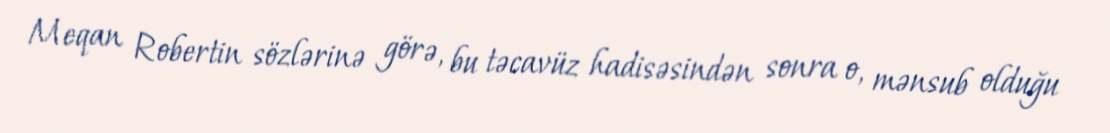
Meqan Robertin sözlərinə görə, bu təcavüz hadisəsindən sonra o, mənsub olduğu